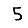
Digit: 5